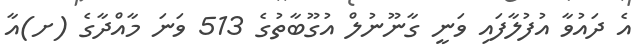
އެ ދައުވާ އުފުލާފައި ވަނީ ގާނޫނުލް އުގޫބާތުގެ 513 ވަނަ މާއްދާގެ (ށ)އާ